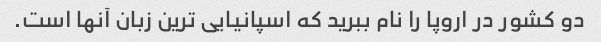
دو کشور در اروپا را نام ببرید که اسپانیایی ترین زبان آنها است.